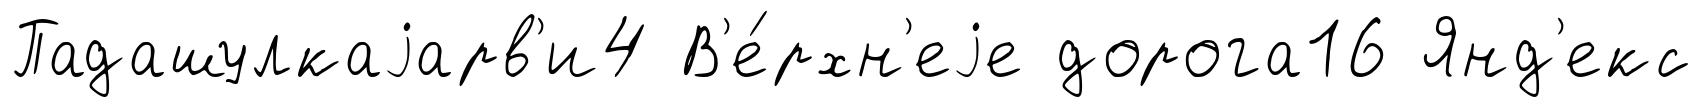
Падашулкаjарв'и4 В'е́рхн'еjе дорога16 Янд'екс